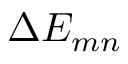
\Delta E _ { m n }